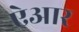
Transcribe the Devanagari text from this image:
ऐआर